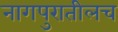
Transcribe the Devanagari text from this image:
नागपुरातीलच